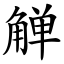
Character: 觯